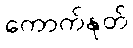
ကောက်နုတ်